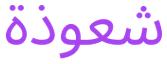
شعوذة